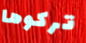
تركوها